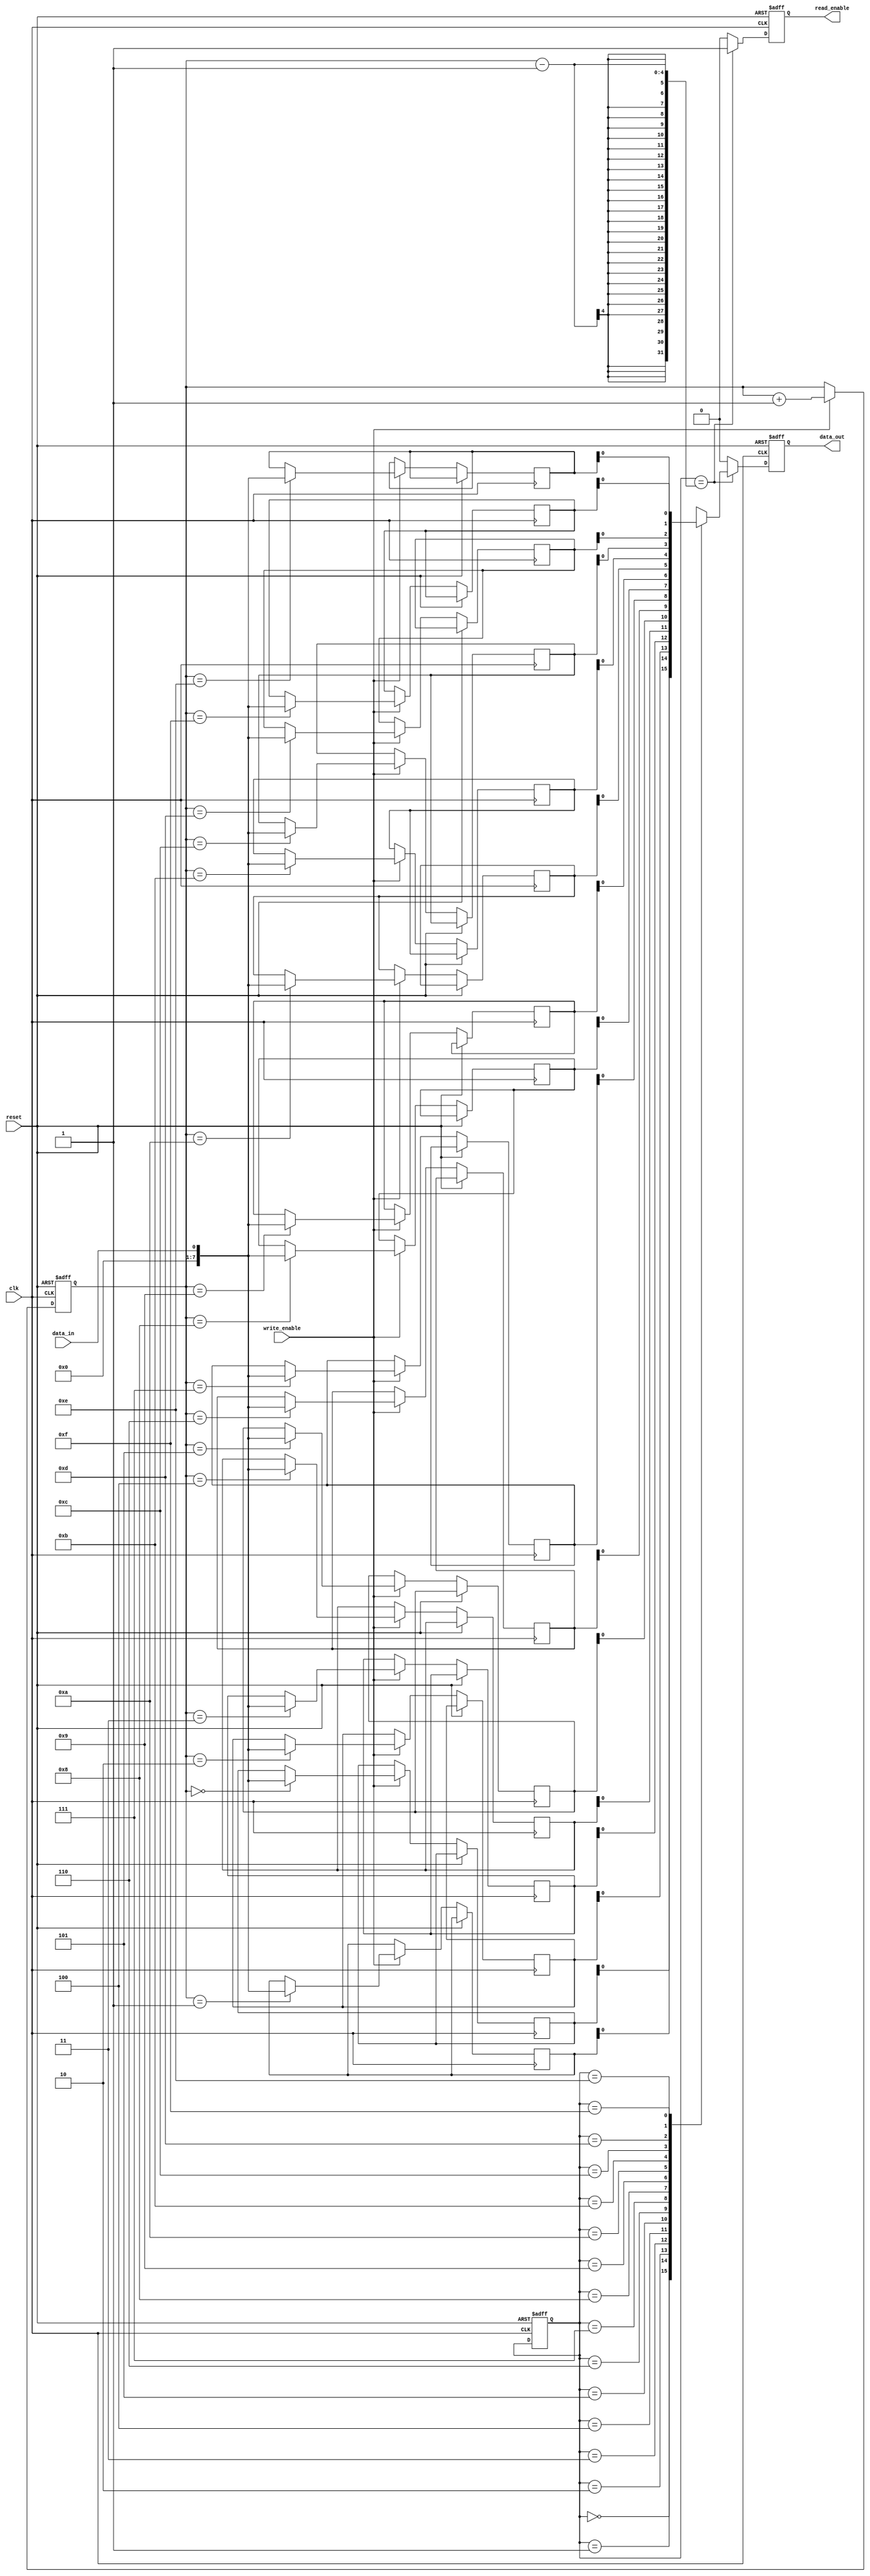
module Almost_Empty_FIFO (
    input clk,
    input reset,
    input data_in,
    input write_enable,
    output reg data_out,
    output reg read_enable
);

reg [7:0] fifo_buffer [0:15];
reg [3:0] read_pointer;
reg [3:0] write_pointer;

always @(posedge clk or posedge reset) begin
    if (reset) begin
        read_pointer <= 0;
        write_pointer <= 0;
    end else begin
        if (write_enable) begin
            fifo_buffer[write_pointer] <= data_in;
            write_pointer <= write_pointer + 1;
        end
    end
end

always @(posedge clk or posedge reset) begin
    if (reset) begin
        data_out <= 8'h00;
        read_enable <= 0;
    end else begin
        if (read_pointer == write_pointer - 1) begin
            data_out <= fifo_buffer[read_pointer];
            read_enable <= 1;
        end else begin
            data_out <= 8'h00;
            read_enable <= 0;
        end
    end
end

endmodule